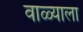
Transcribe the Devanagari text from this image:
वाळ्याला